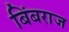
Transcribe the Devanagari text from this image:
बिंबराज